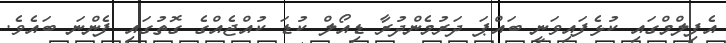
އެފިލްމްގައި ކުޅެފައިވަނީ ބައްޕަ ދަރުމެންދުރާ ޑިއޯލް ކުޑަ ކުއްޖެއްގެ ގޮތުގައި ފެންނަ ބައެވެ.